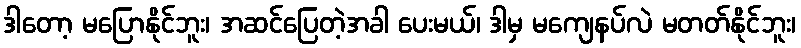
ဒါတော့ မပြောနိုင်ဘူး၊ အဆင်ပြေတဲ့အခါ ပေးမယ်၊ ဒါမှ မကျေနပ်လဲ မတတ်နိုင်ဘူး၊